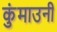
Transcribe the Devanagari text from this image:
कुंमाउनी